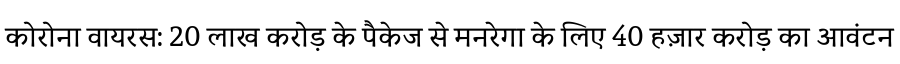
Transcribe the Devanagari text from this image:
कोरोना वायरस: 20 लाख करोड़ के पैकेज से मनरेगा के लिए 40 हज़ार करोड़ का आवंटन